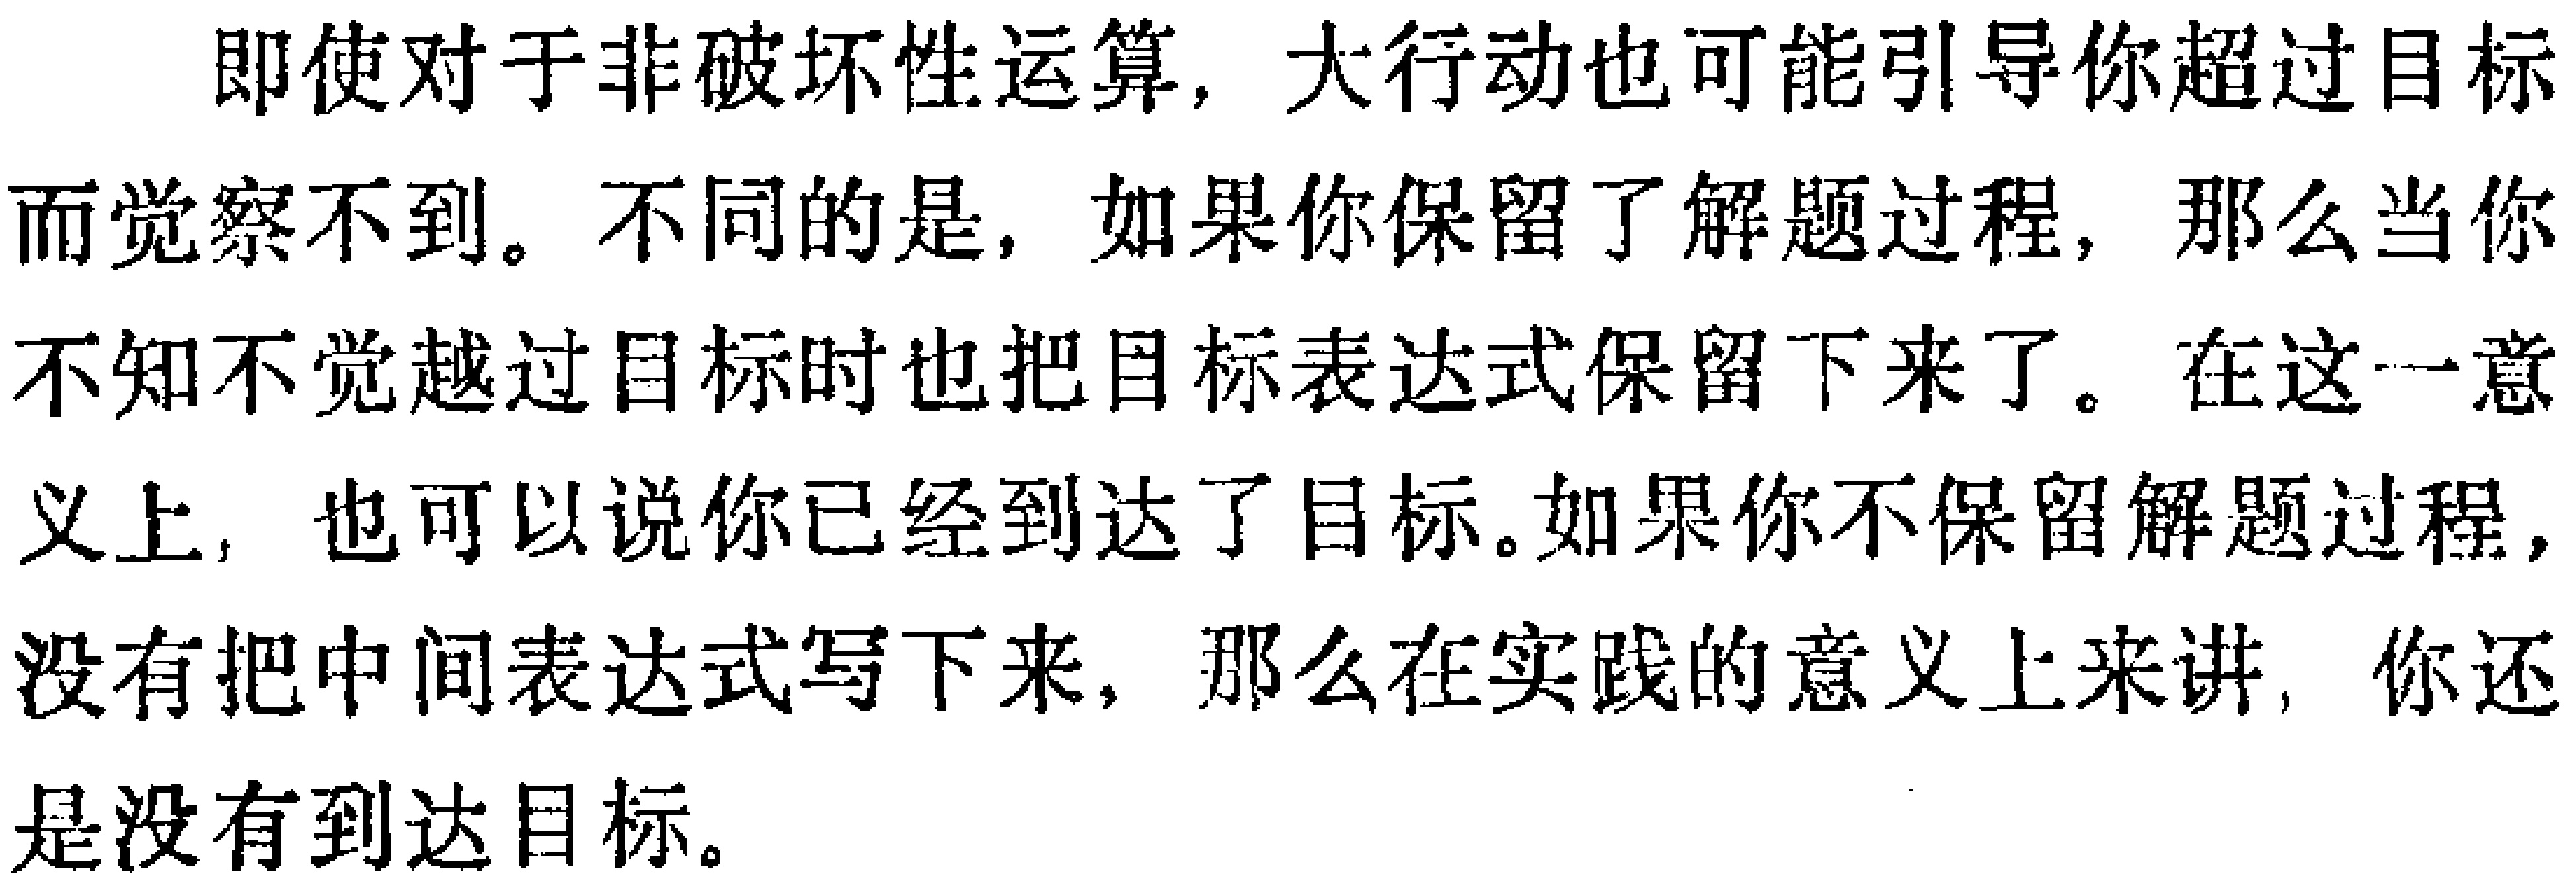
即使对于非破坏性运算，大行动也可能引导你超过目标而觉察不到。不同的是，如果你保留了解题过程，那么当你不知不觉越过目标时也把目标表达式保留下来了。在这一意义上，也可以说你已经到达了目标。如果 你不保留解题过程，没有把中间表达式写下来，那么在实践的意义上来讲，你还是没有到达目标。